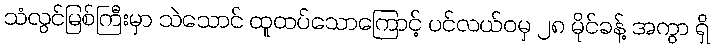
သံလွင်မြစ်ကြီးမှာ သဲသောင် ထူထပ်သောကြောင့် ပင်လယ်ဝမှ ၂၈ မိုင်ခန့် အကွာ ရှိ